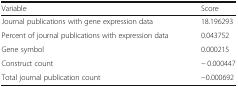
<table><thead><tr><td><b>Variable</b></td><td><b>Score</b></td></tr></thead><tbody><tr><td>Journal publications with gene expression data</td><td>18.196293</td></tr><tr><td>Percent of journal publications with expression data</td><td>0.043752</td></tr><tr><td>Gene symbol</td><td>0.000215</td></tr><tr><td>Construct count</td><td>− 0.000447</td></tr><tr><td>Total journal publication count</td><td>−0.000692</td></tr></tbody></table>